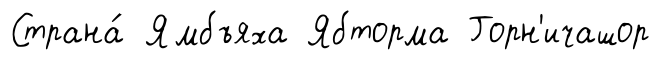
Страна́ Ямбъяха Ябторма Горн'ичашор